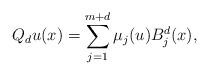
LaTeX: \begin{align*} Q_du(x)=\displaystyle\sum\limits_{j=1}^{m+d}\mu_j(u) {B_j^d}(x), \end{align*}